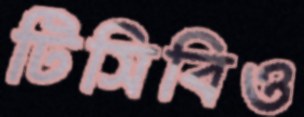
টিসিবিও